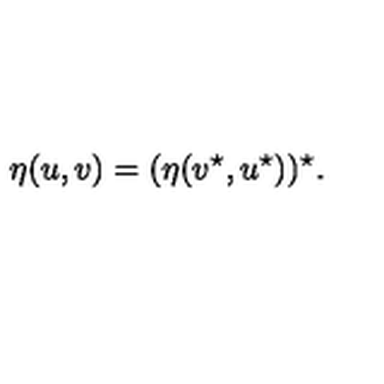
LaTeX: \eta ( u , v ) = ( \eta ( v ^ { \star } , u ^ { \star } ) ) ^ { \star } .